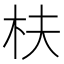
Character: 枎